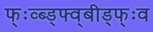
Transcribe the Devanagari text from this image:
फ्ःव्ब्ड्फ्व्बीड्फ्ःव